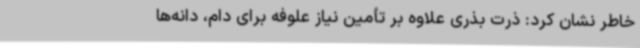
خاطر نشان کرد:‌ ذرت بذری علاوه بر تأمین نیاز علوفه‌ برای دام، دانه‌ها